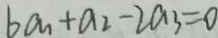
6 a _ { 1 } + a _ { 2 } - 2 a _ { 3 } = 0